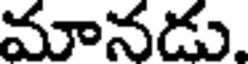
మానడు.